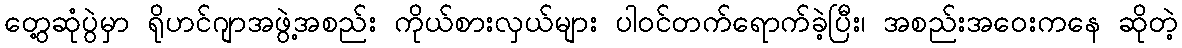
တွေ့ဆုံပွဲမှာ ရိုဟင်ဂျာအဖွဲ့အစည်း ကိုယ်စားလှယ်များ ပါဝင်တက်ရောက်ခဲ့ပြီး၊ အစည်းအဝေးကနေ ဆိုတဲ့